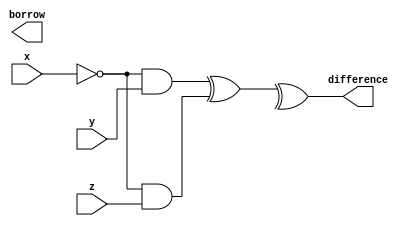
//-----------------------------------------------------
// Design Name : full_subtracter_gates
// Function    : Full Subtracter Using Gates
// Coder       : Deepak Kumar Tala
//-----------------------------------------------------
module full_subtracter_gates(x,y,z,difference,borrow);
input x,y,z;
output difference,borrow;

wire inv_x,borrow1,borrow2,borrow3;

not (inv_x,x);
and U_borrow1 (borrow1,inv_x,y),
    U_borrow2 (borrow2,inv_x,z),
    U_borrow3 (borrow3,y,z);

xor U_diff (difference,borrow1,borrow2,borrows);

endmodule